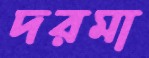
দরমা